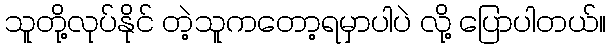
သူတို့လုပ်နိုင် တဲ့သူကတော့ရမှာပါပဲ လို့ ပြောပါတယ်။